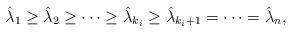
LaTeX: \begin{align*}\hat{\lambda}_1\geq\hat{\lambda}_2\geq\cdots\geq\hat{\lambda}_{k_i}\geq\hat{\lambda}_{k_i+1}=\cdots=\hat{\lambda}_n,\end{align*}